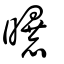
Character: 曝